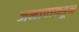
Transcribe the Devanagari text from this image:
जमावाकडून